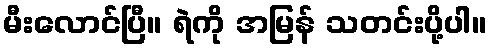
မီးလောင်ပြီ။ ရဲကို အမြန် သတင်းပို့ပါ။